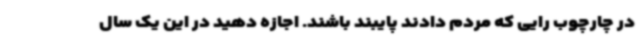
در چارچوب رایی که مردم دادند پایبند باشند. اجازه دهید در این یک سال